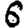
Digit: 6